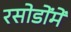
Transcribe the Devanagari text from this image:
रसोडोंमें